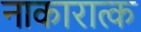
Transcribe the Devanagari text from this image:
नाकारात्क